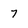
Character: 7